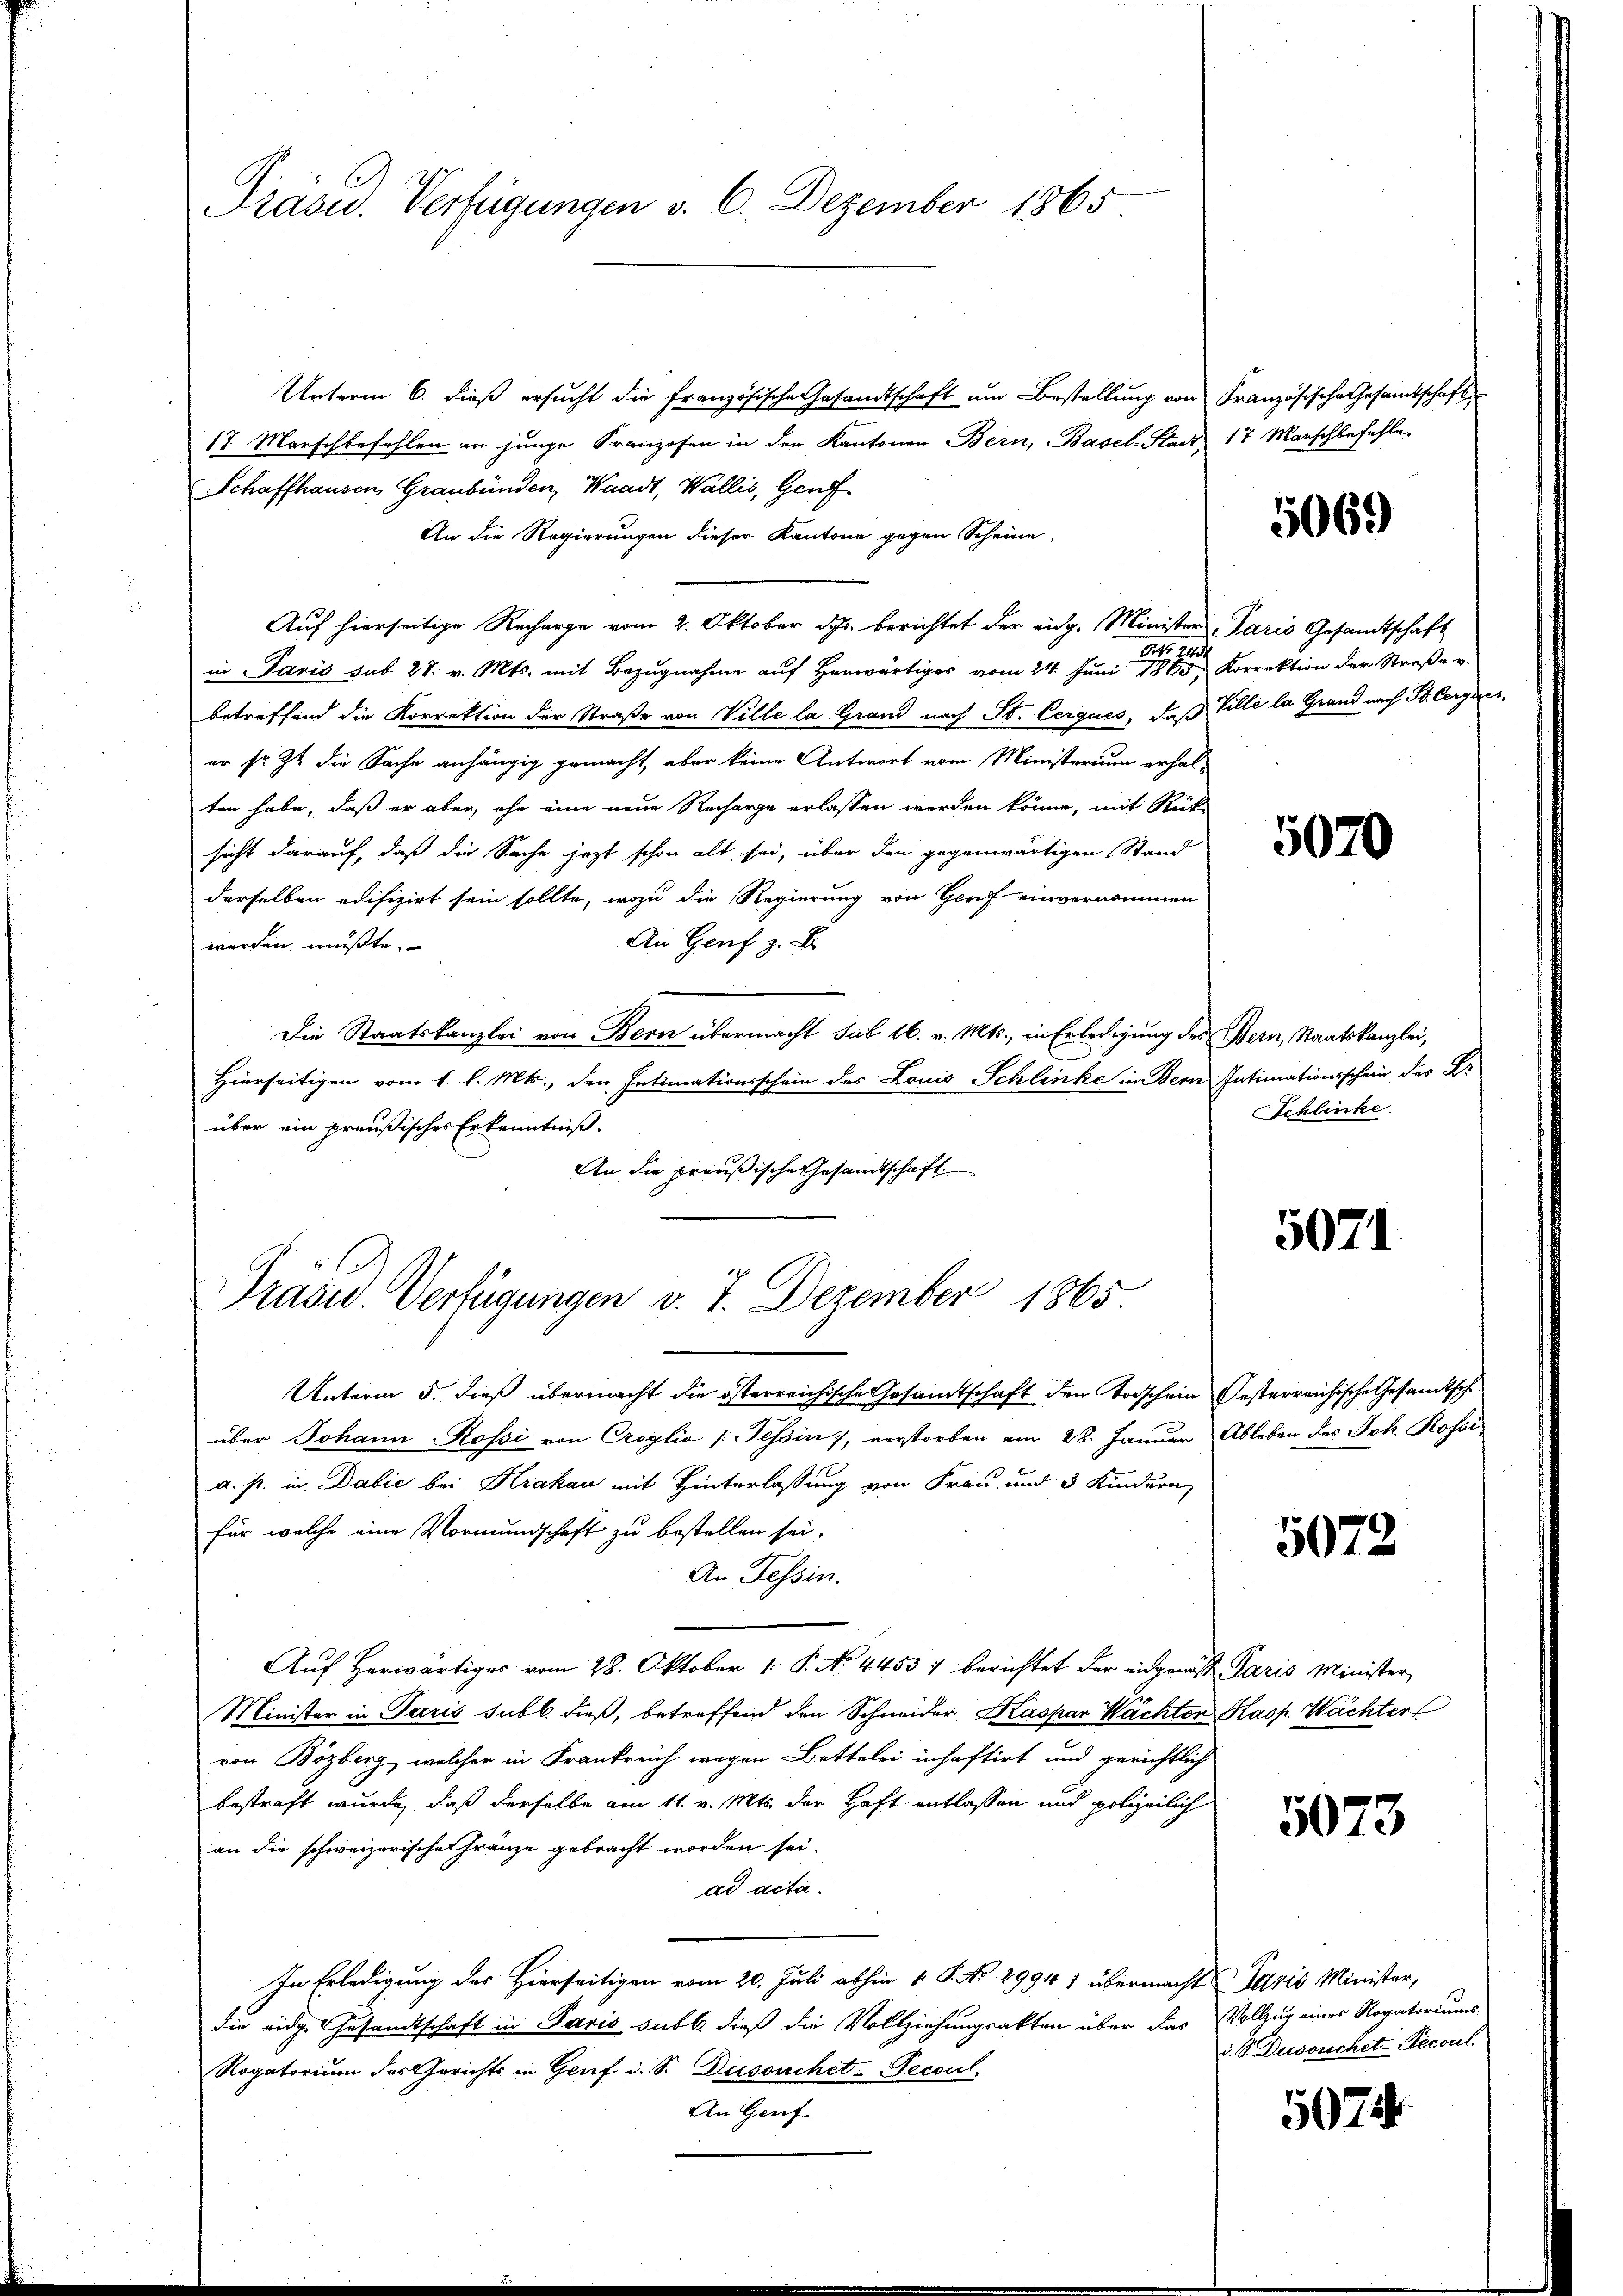
Präsid. Verfügungen d. 6. Dezember 1865

Unterm 6. dieß ersucht die französische Gesandtschaft um Bestellung von Französische Gesandtschaft
17. Marschbefohlen an junge Franzosen in den Kantonen Bern, Basel-Stadt 17 Marschbefehle
Schaffhausen Graubünden, Waadt, Wallis, Genf
An die Regierungen dieser Kantone gegen Scheine
Auf hierseitige Recharge vom 2. Oktober des berichtet der eidg. Minister Paris Gesamtschaft
Art. 213.
in Paris sub 28. v. Mts. mit Bezugnahme auf Herwärtiges vom 24. Juni 1860, Korrektion der Straße v.
betreffend die Korrektion der Straße von Ville la Grand nach St. Cerques, daß Ville la Grand nach St. Cerguer,
er sr. Zt. die Sache anhängig gemacht, aber keine Antwort vom Ministerium erhalten habe, daß er aber ihn eine neue Recharge erlassen werden könne, mit Rück-
sicht darauf, daß die Sache jezt schon alt sei, über den gegenwärtigen Stand
derselben edifizirt sein sollte, wozu die Regierung von Genf einvernommen
An Genf z. B.
werden mußte.
Die Staatskanzlei von Bern übermacht sub 16. v. Mts., in Erledigung des Bern, Staatskanzlei,
Hierseitigen vom 1. l. Mts., den Intimationsschein des Louis Schlinke in Bern Intimationsschein des Er
über ein preußisches Erkenntniß.
An die preußische Gesandtschaft

Präsid. Verfügungen v. 7. Dezember 1865

Unterm 5. dieß übermacht die österreichische Gesandtschaft den Todschein Oesterreichische Gesandtsch
über Johann Rossi von Croglio (Tessin, verstorben am 28. Januar Ableben des Joh. Rossi
A. ist. in Dabić bei Krakau mit Hinterlassung von Frau und 3 Kindern
für welche eine Vormundschaft zu bestellen sei,
An Tessin.
Auf herwärtiges vom 28. Oktober 1. P. No 44537 berichtet der eidgenöss Paris Minister
Minister in Paris subl. dieß, betreffend den Schneider, Kaspar Wächter Kasp. Wächter
von Bözberg, welcher in Frankreich wegen Bettelei inhaftirt und gerichtlich
bestraft wurde, daß derselbe am 11. v. Mts. der Haft entlassen und polizeilich
an die schweizerische Franze gebracht worden sei.
ad acta.
In Erledigung des Hierseitigen vom 20. Juli abhin 1. P. No 2994 1 übermacht daris Minister,
die eidge Gesandtschaft in Paris subl. dieß die Vollziehungsakten über das Vollzug einer Rogatoriums
Rogatorium des Gerichts in Genf u. S. Dussuchet-Pecoul
An Genf

5069

5070

Schlinke

5071

5073

5073

d. S. Dubouchet-Pecoul

5074.